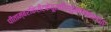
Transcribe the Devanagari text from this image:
पीताम्बरकिरीटकेयूरकौस्तुभवनमालाधरं